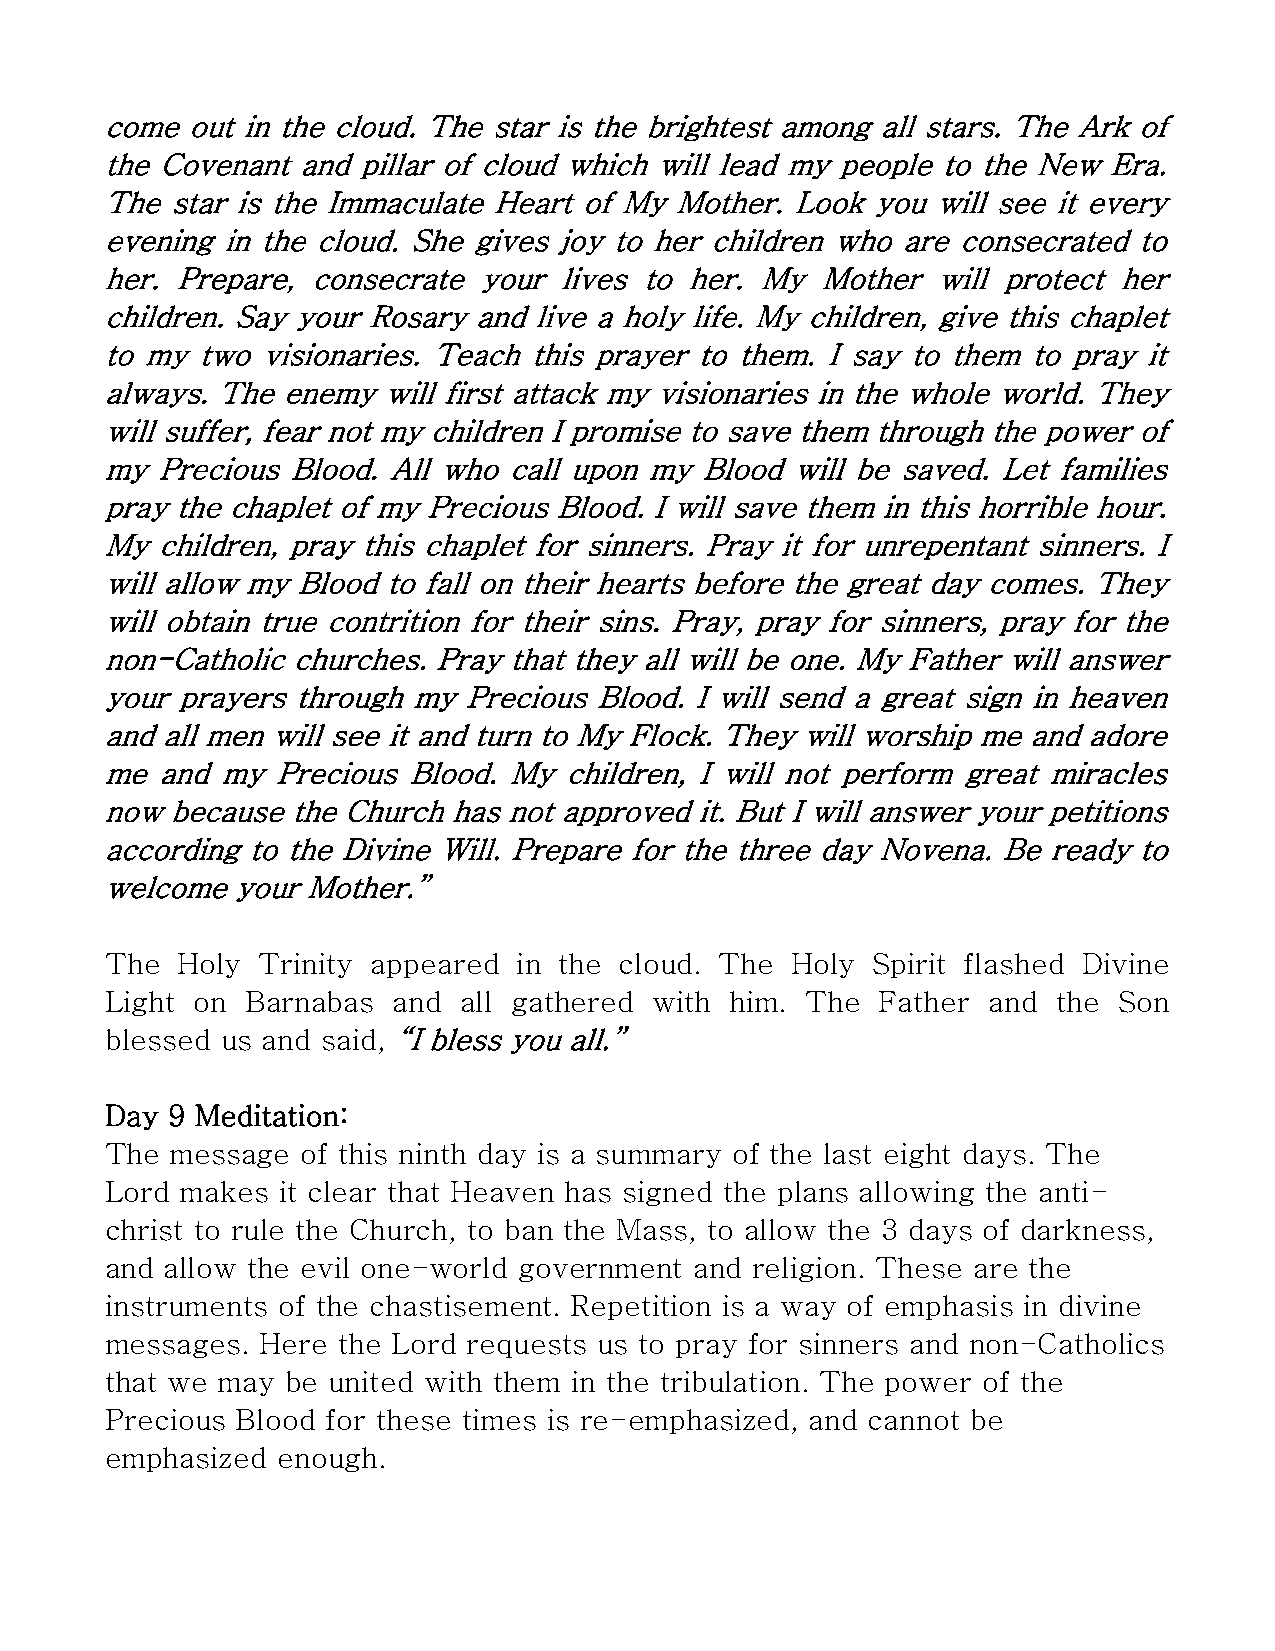
come out in the cloud. The star is the brightest among all stars. The Ark of
 the Covenant and pillar of cloud which will lead my people to the New Era.
 The star is the Immaculate Heart of My Mother. Look you will see it every
 evening in the cloud. She gives joy to her children who are consecrated to
 her. Prepare, consecrate your lives to her. My Mother  will protect her
 children. Say your Rosary and live a holy life. My children, give this chaplet
 to my two visionaries. Teach this prayer to them. I say to them to pray it
 always. The enemy will first attack my visionaries in the whole world. They
 will suffer, fear not my children I promise to save them through the power of
 my Precious Blood. All who call upon my Blood will be saved. Let families
 pray the chaplet of my Precious Blood. I will save them in this horrible hour.
 My children, pray this chaplet for sinners. Pray it for unrepentant sinners. I
 will allow my Blood to fall on their hearts before the great day comes. They
 will obtain true contrition for their sins. Pray, pray for sinners, pray for the
 non-Catholic churches. Pray that they all will be one. My Father will answer
 your prayers through my Precious Blood. I will send a great sign in heaven
 and all men will see it and turn to My Flock. They will worship me and adore
 me and  my Precious Blood. My children, I will not perform great miracles
 now because the Church has not approved it. But I will answer your petitions
 according to the Divine Will. Prepare for the three day Novena. Be ready to
 welcome your Mother.”
 The  Holy Trinity appeared in the cloud. The Holy  Spirit flashed Divine
 Light on Barnabas  and all gathered with him. The  Father and  the Son
 blessed us and said, “I bless you all.”
 Day 9 Meditation:
 The message  of this ninth day is a summary of the last eight days. The
 Lord makes it clear that Heaven has signed the plans allowing the anti-
 christ to rule the Church, to ban the Mass, to allow the 3 days of darkness,
 and allow the evil one-world government and religion. These are the
 instruments of the chastisement. Repetition is a way of emphasis in divine
 messages. Here the Lord requests us to pray for sinners and non-Catholics
 that we may be united with them in the tribulation. The power of the
 Precious Blood for these times is re-emphasized, and cannot be
 emphasized enough.